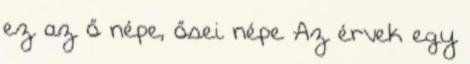
ez az ő népe, ősei népe Az érvek egy